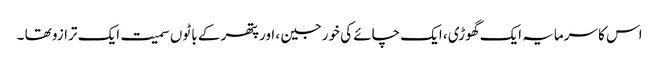
اس کا سرمایہ ایک گھوڑی ، ایک چائے کی خورجین ، اورپتھر کے باٹوں سمیت ایک ترازو تھا ۔